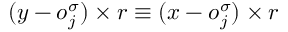
( \boldsymbol { y } - \boldsymbol { o } _ { j } ^ { \sigma } ) \times \boldsymbol { r } \equiv ( \boldsymbol { x } - \boldsymbol { o } _ { j } ^ { \sigma } ) \times \boldsymbol { r }